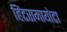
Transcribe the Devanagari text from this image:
हिंटरामायोटा